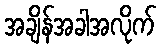
အချိန်အခါအလိုက်